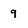
Character: 9